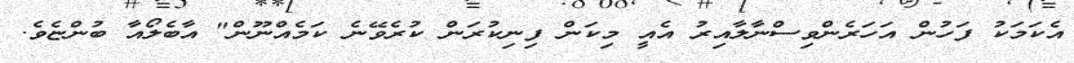
އެކަމަކު ފަހުން އަހަރެންވިސްނާލާއިރު އެއީ މިކަން ފިނިކުރަން ކުރެވޭނެ ކަމެއްނޫން" އާބެލޯއާ ބުންޏެވެ.